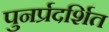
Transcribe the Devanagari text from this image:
पुनर्प्रदर्शित